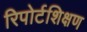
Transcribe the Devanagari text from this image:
रिपोर्टशिक्षण